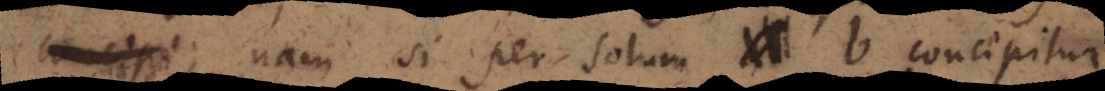
; nam si per solum b concipitur,